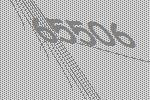
65506